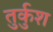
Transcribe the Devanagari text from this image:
तुर्कुश